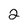
Character: 2